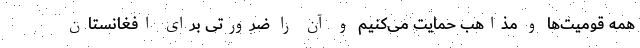
همه قومیت‌ها و مذاهب حمایت می‌کنیم و آن را ضرورتی برای افغانستان